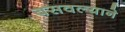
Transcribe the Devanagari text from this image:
बसवल्याने